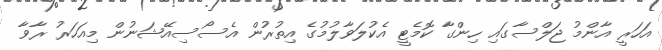
އަހަރީ އާންމު ޖަލްސާގައި ހިންގާ ކޮމެޓީ އެކުލަވާލުމުގެ އިތުރުން އެސޯސިއޭޝަނުން މިއަހަރު ރާވާ